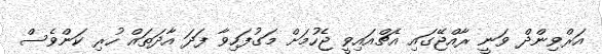
އަރްވިންދް ވަނީ ރާއްޖޭގައި އެޗްއައިވީ ޖެހުމަށް މަގުފަހިވާ ފަދަ އާދަތައް ހުރި ކަންވެސް